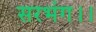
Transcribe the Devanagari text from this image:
सरभंग।।